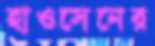
হাওসেনের